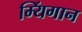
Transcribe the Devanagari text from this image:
म्यिंगान